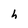
Character: h